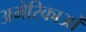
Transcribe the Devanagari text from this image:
अमेरिकाओं